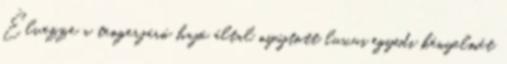
Élvezze a tengerjáró hajó által nyújtott luxus egyedi kényelmét